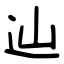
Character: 辿